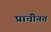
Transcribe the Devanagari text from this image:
प्राचीनत